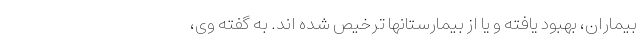
بیماران، بهبود یافته و یا از بیمارستانها ترخیص شده اند. به گفته وی،